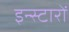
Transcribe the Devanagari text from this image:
इन्स्टारों